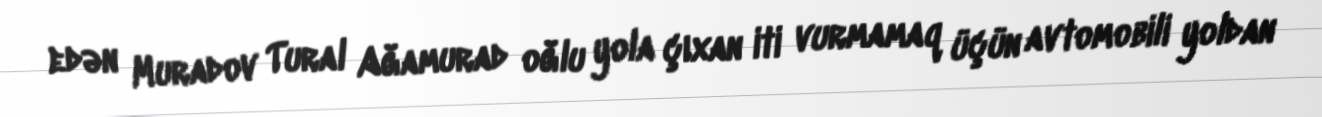
edən Muradov Tural Ağamurad oğlu yola çıxan iti vurmamaq üçün avtomobili yoldan